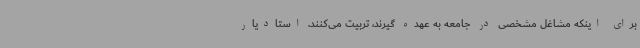
برای اینکه مشاغل مشخصی در جامعه به عهده گیرند، تربیت می‌کنند. استادیار